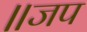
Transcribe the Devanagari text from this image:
॥जप